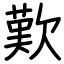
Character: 歎